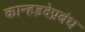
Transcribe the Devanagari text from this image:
कान्हड़देप्रबंध